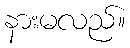
နားမလည်။